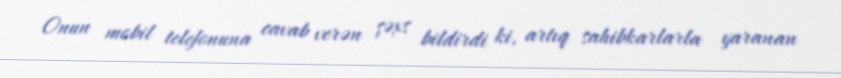
Onun mobil telefonuna cavab verən şəxs bildirdi ki, artıq sahibkarlarla yaranan